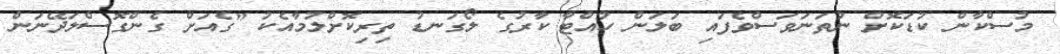
މުސްކާން ކުޑަކޮށް ނުތަނަވަސްވެފައި ބަލަން ހުއްޓާ ކާރުގެ ލޯގަނޑު ތިރިކޮށްލުމާއެކު "ގެއަށް ގެންގޮސްލަދޭނަން